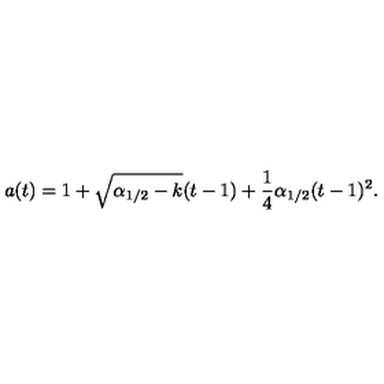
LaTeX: a ( t ) = 1 + \sqrt { \alpha _ { 1 / 2 } - k } ( t - 1 ) + \frac { 1 } { 4 } \alpha _ { 1 / 2 } ( t - 1 ) ^ { 2 } .